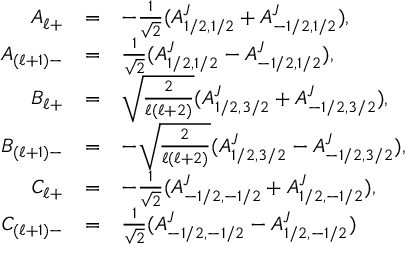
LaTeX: \begin{array} { r c l } { { A _ { \ell + } } } & { { = } } & { { - \frac { 1 } { \sqrt { 2 } } ( A _ { 1 / 2 , 1 / 2 } ^ { J } + A _ { - 1 / 2 , 1 / 2 } ^ { J } ) , } } \\ { { A _ { ( \ell + 1 ) - } } } & { { = } } & { { \frac { 1 } { \sqrt { 2 } } ( A _ { 1 / 2 , 1 / 2 } ^ { J } - A _ { - 1 / 2 , 1 / 2 } ^ { J } ) , } } \\ { { B _ { \ell + } } } & { { = } } & { { \sqrt { \frac { 2 } { \ell ( \ell + 2 ) } } ( A _ { 1 / 2 , 3 / 2 } ^ { J } + A _ { - 1 / 2 , 3 / 2 } ^ { J } ) , } } \\ { { B _ { ( \ell + 1 ) - } } } & { { = } } & { { - \sqrt { \frac { 2 } { \ell ( \ell + 2 ) } } ( A _ { 1 / 2 , 3 / 2 } ^ { J } - A _ { - 1 / 2 , 3 / 2 } ^ { J } ) , } } \\ { { C _ { \ell + } } } & { { = } } & { { - \frac { 1 } { \sqrt { 2 } } ( A _ { - 1 / 2 , - 1 / 2 } ^ { J } + A _ { 1 / 2 , - 1 / 2 } ^ { J } ) , } } \\ { { C _ { ( \ell + 1 ) - } } } & { { = } } & { { \frac { 1 } { \sqrt { 2 } } ( A _ { - 1 / 2 , - 1 / 2 } ^ { J } - A _ { 1 / 2 , - 1 / 2 } ^ { J } ) } } \end{array}